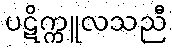
ပဋိက္ကူလသညီ